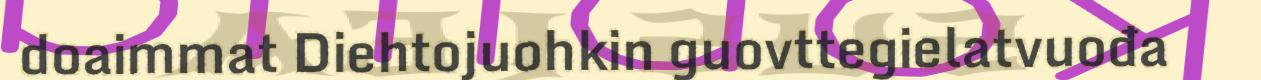
doaimmat Diehtojuohkin guovttegielatvuođa